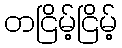
တငြိမ့်ငြိမ့်